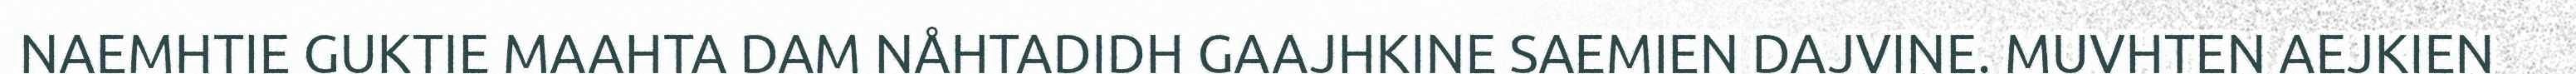
NAEMHTIE GUKTIE MAAHTA DAM NÅHTADIDH GAAJHKINE SAEMIEN DAJVINE. MUVHTEN AEJKIEN